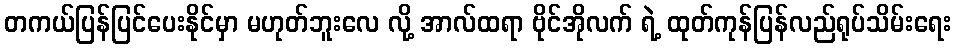
တကယ်ပြန်ပြင်ပေးနိုင်မှာ မဟုတ်ဘူးလေ လို့ အာလ်ထရာ ဗိုင်အိုလက် ရဲ့ ထုတ်ကုန်ပြန်လည်ရုပ်သိမ်းရေး